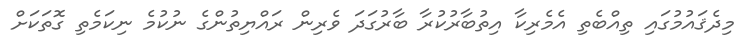
މިދެޤައުމުގައި ތިއްބެތި އެމެރިކާ އިތުބާރުކުރާ ބާރުގަދަ ވެރިން ރައްޔިތުންގެ ނުކުމެ ނިކަމެތި ގޮތަކަށް